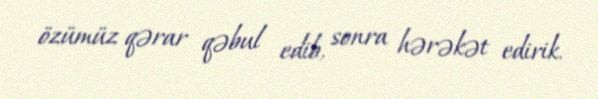
özümüz qərar qəbul edib, sonra hərəkət edirik.